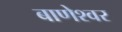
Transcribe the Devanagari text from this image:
बाणेश्‍वर